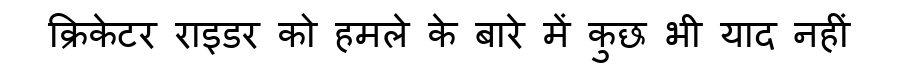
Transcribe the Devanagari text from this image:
क्रिकेटर राइडर को हमले के बारे में कुछ भी याद नहीं